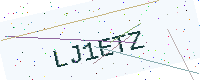
Text: LJ1ETZ